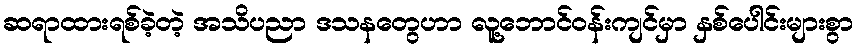
ဆရာထားရစ်ခဲ့တဲ့ အသိပညာ ဒသနတွေဟာ လူ့ဘောင်ဝန်းကျင်မှာ နှစ်ပေါင်းများစွာ